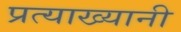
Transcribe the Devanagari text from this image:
प्रत्याख्यानी